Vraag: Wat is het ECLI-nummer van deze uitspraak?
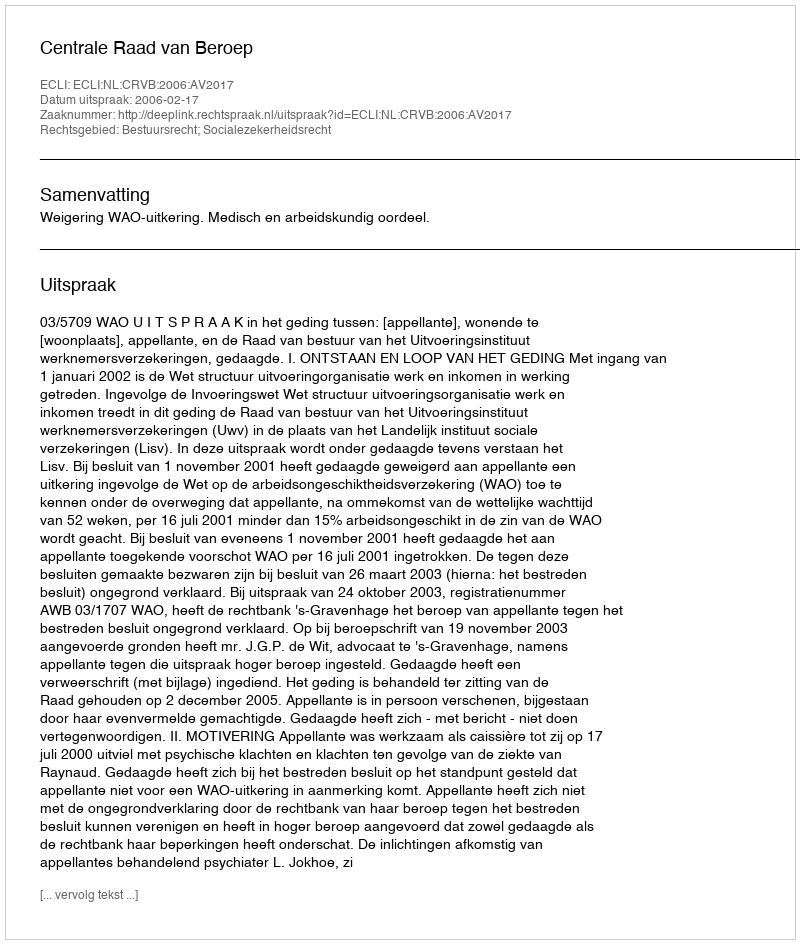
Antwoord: ECLI:NL:CRVB:2006:AV2017